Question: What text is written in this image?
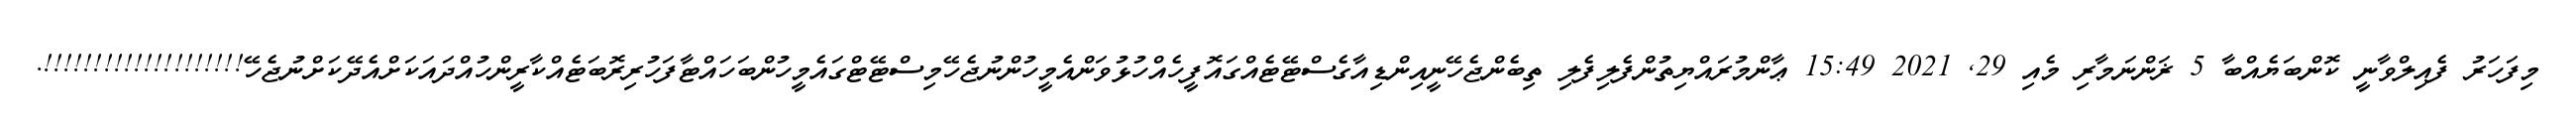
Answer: މިފަހަރު ފެއިލްވާނީ ކޮންބަޔެއްބާ 5 ޜަންނަމާރި މެއި 29, 2021 15:49 ޢާންމުރައްޔިތުންފެލިފެލި ތިބެންޖެހޭނީއިންޑިއާގެސްޓޭޓެއްގައޮފީހެއްހުޅުވަންއެމީހުންނުޖެހޭމިސްޓޭޓްގައެމީހުންބަހައްޓާފަހުރިރޮބަޓެއްކާރީންހުއްދައަކަށްއެދޭކަށްނުޖެހޭ!!!!!!!!!!!!!!!!!!!!.